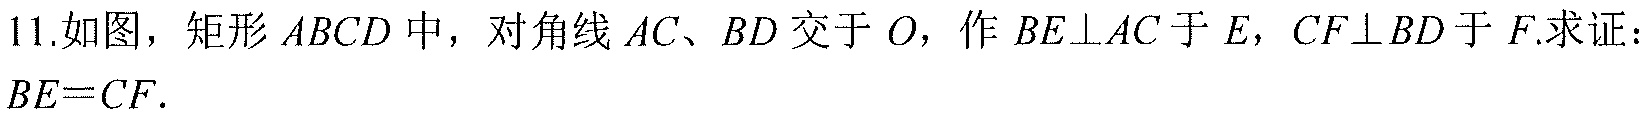
11.如图，矩形 \(ABCD\) 中，对角线 \(AC、BD\) 交于 \(O\)，作 \(BE\perp AC\) 于 \(E\)，\(CF\perp BD\) 于 \(F\).求证：\(BE = CF\).